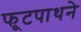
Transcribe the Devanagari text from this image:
फूटपाथने